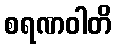
စရဏဝါတိ